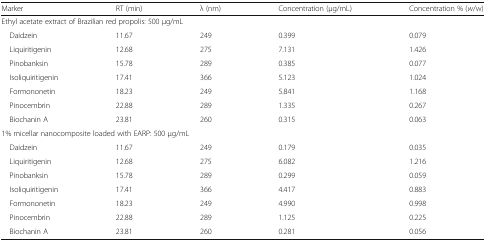
<table><thead><tr><td><b>Marker</b></td><td><b>RT (min)</b></td><td><b>λ (nm)</b></td><td><b>Concentration (μg/mL)</b></td><td><b>Concentration % (<i>w</i>/w)</b></td></tr></thead><tbody><tr><td colspan="5">Ethyl acetate extract of Brazilian red propolis: 500 μg/mL</td></tr><tr><td> Daidzein</td><td>11.67</td><td>249</td><td>0.399</td><td>0.079</td></tr><tr><td> Liquiritigenin</td><td>12.68</td><td>275</td><td>7.131</td><td>1.426</td></tr><tr><td> Pinobanksin</td><td>15.78</td><td>289</td><td>0.385</td><td>0.077</td></tr><tr><td> Isoliquiritigenin</td><td>17.41</td><td>366</td><td>5.123</td><td>1.024</td></tr><tr><td> Formononetin</td><td>18.23</td><td>249</td><td>5.841</td><td>1.168</td></tr><tr><td> Pinocembrin</td><td>22.88</td><td>289</td><td>1.335</td><td>0.267</td></tr><tr><td> Biochanin A</td><td>23.81</td><td>260</td><td>0.315</td><td>0.063</td></tr><tr><td colspan="5">1% micellar nanocomposite loaded with EARP: 500 μg/mL</td></tr><tr><td> Daidzein</td><td>11.67</td><td>249</td><td>0.179</td><td>0.035</td></tr><tr><td> Liquiritigenin</td><td>12.68</td><td>275</td><td>6.082</td><td>1.216</td></tr><tr><td> Pinobanksin</td><td>15.78</td><td>289</td><td>0.299</td><td>0.059</td></tr><tr><td> Isoliquiritigenin</td><td>17.41</td><td>366</td><td>4.417</td><td>0.883</td></tr><tr><td> Formononetin</td><td>18.23</td><td>249</td><td>4.990</td><td>0.998</td></tr><tr><td> Pinocembrin</td><td>22.88</td><td>289</td><td>1.125</td><td>0.225</td></tr><tr><td> Biochanin A</td><td>23.81</td><td>260</td><td>0.281</td><td>0.056</td></tr></tbody></table>